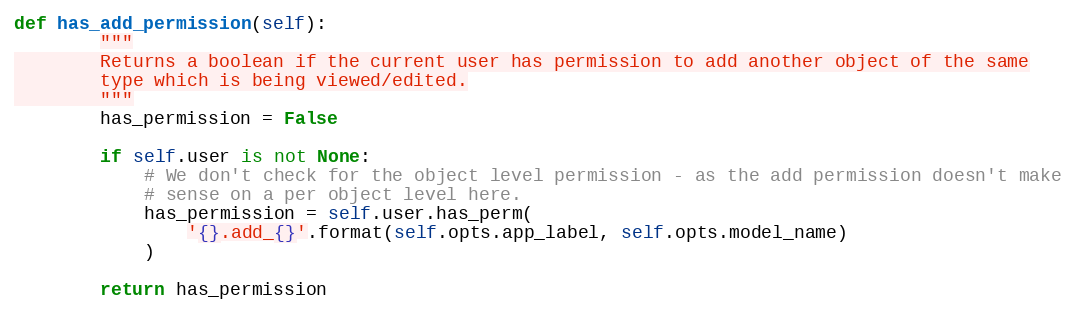
Language: Python
def has_add_permission(self):
        """
        Returns a boolean if the current user has permission to add another object of the same
        type which is being viewed/edited.
        """
        has_permission = False

        if self.user is not None:
            # We don't check for the object level permission - as the add permission doesn't make
            # sense on a per object level here.
            has_permission = self.user.has_perm(
                '{}.add_{}'.format(self.opts.app_label, self.opts.model_name)
            )

        return has_permission